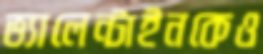
ভ্যালেন্টাইনকেও